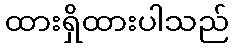
ထားရှိထားပါသည်